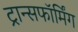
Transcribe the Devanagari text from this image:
ट्रान्सफॉर्मिंग